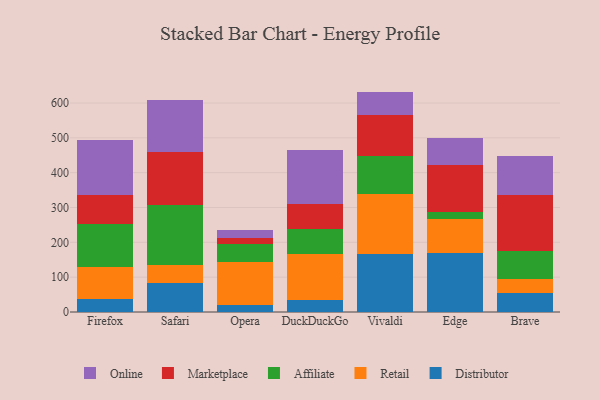
{"axis": {"x": "Browser", "y": "Operating Costs (USD K)"}, "legend": ["Affiliate", "Distributor", "Marketplace", "Online", "Retail"], "data": [{"x": "Firefox", "y": 36.2, "type": "Distributor"}, {"x": "Firefox", "y": 93.2, "type": "Retail"}, {"x": "Firefox", "y": 122.9, "type": "Affiliate"}, {"x": "Firefox", "y": 84.0, "type": "Marketplace"}, {"x": "Firefox", "y": 158.7, "type": "Online"}, {"x": "Safari", "y": 81.9, "type": "Distributor"}, {"x": "Safari", "y": 53.5, "type": "Retail"}, {"x": "Safari", "y": 171.2, "type": "Affiliate"}, {"x": "Safari", "y": 152.5, "type": "Marketplace"}, {"x": "Safari", "y": 150.6, "type": "Online"}, {"x": "Opera", "y": 20.5, "type": "Distributor"}, {"x": "Opera", "y": 123.6, "type": "Retail"}, {"x": "Opera", "y": 52.0, "type": "Affiliate"}, {"x": "Opera", "y": 17.0, "type": "Marketplace"}, {"x": "Opera", "y": 23.7, "type": "Online"}, {"x": "DuckDuckGo", "y": 35.1, "type": "Distributor"}, {"x": "DuckDuckGo", "y": 132.6, "type": "Retail"}, {"x": "DuckDuckGo", "y": 69.5, "type": "Affiliate"}, {"x": "DuckDuckGo", "y": 72.7, "type": "Marketplace"}, {"x": "DuckDuckGo", "y": 154.5, "type": "Online"}, {"x": "Vivaldi", "y": 166.9, "type": "Distributor"}, {"x": "Vivaldi", "y": 172.2, "type": "Retail"}, {"x": "Vivaldi", "y": 109.4, "type": "Affiliate"}, {"x": "Vivaldi", "y": 118.4, "type": "Marketplace"}, {"x": "Vivaldi", "y": 65.8, "type": "Online"}, {"x": "Edge", "y": 169.8, "type": "Distributor"}, {"x": "Edge", "y": 96.7, "type": "Retail"}, {"x": "Edge", "y": 19.3, "type": "Affiliate"}, {"x": "Edge", "y": 137.2, "type": "Marketplace"}, {"x": "Edge", "y": 75.9, "type": "Online"}, {"x": "Brave", "y": 54.8, "type": "Distributor"}, {"x": "Brave", "y": 41.3, "type": "Retail"}, {"x": "Brave", "y": 79.7, "type": "Affiliate"}, {"x": "Brave", "y": 160.2, "type": "Marketplace"}, {"x": "Brave", "y": 111.5, "type": "Online"}]}